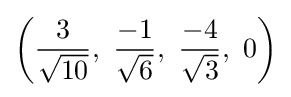
\left({\frac {3}{\sqrt {10}}},\ {\frac {-1}{\sqrt {6}}},\ {\frac {-4}{\sqrt {3}}},\ 0\right)